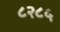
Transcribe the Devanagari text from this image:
८२८५